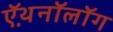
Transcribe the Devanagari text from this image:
ऍथ़नॉलॉग